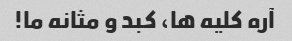
آره کلیه ها، کبد و مثانه ما!